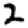
Digit: 2